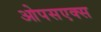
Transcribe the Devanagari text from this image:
ओपसएक्स